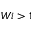
W i > 1